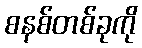
စနစ်တစ်ခုကို